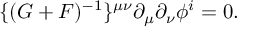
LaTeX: \{ ( G + F ) ^ { - 1 } \} ^ { \mu \nu } \partial _ { \mu } \partial _ { \nu } \phi ^ { i } = 0 .